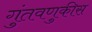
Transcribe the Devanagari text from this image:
गुंतवणुकीस